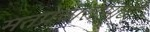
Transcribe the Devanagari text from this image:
मतप्रचारासाठी